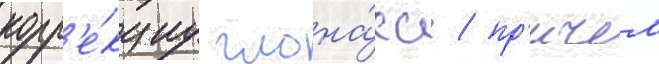
корр'е́кциу глона́сс / пр'ичем